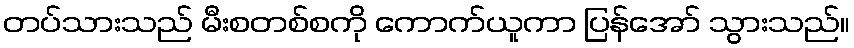
တပ်သားသည် မီးစတစ်စကို ကောက်ယူကာ ပြန်အော် သွားသည်။